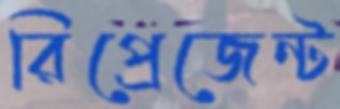
রিপ্রেজেন্ট